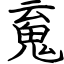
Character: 䰟